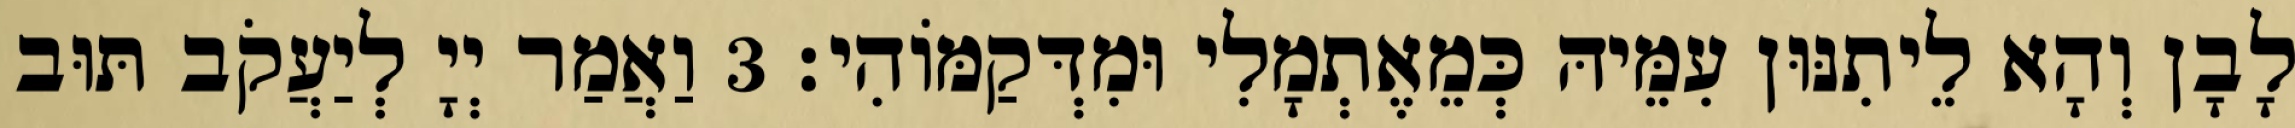
לָבָן וְהָא לֵיתִנּוּן עִמֵּיהּ כְּמֵאֶתְמָלִי וּמִדְּקַמּוֹהִי׃ 3 וַאֲמַר יְיָ לְיַעֲקֹב תּוּב